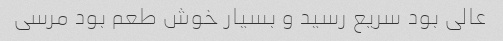
عالی بود سریع رسید و بسیار خوش طعم بود مرسی